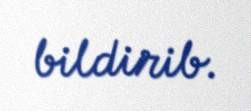
bildirib.